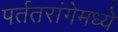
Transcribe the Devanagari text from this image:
पर्ततरांगेमध्ये